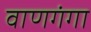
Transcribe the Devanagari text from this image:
वाणगंगा